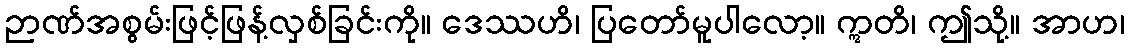
ဉာဏ်အစွမ်းဖြင့်ဖြန့်လှစ်ခြင်းကို။ ဒေဿဟိ၊ ပြတော်မူပါလော့။ ဣတိ၊ ဤသို့။ အာဟ၊